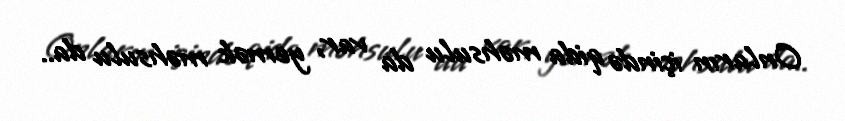
Onların içində qida məhsulu da var, yemək məhsulu da..